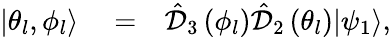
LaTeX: \begin{array}{rlr}{|\theta_{l},\phi_{l}\rangle}&{{}=}&{\hat{\mathcal D}_{3}\left(\phi_{l}\right)\hat{\mathcal D}_{2}\left(\theta_{l}\right)|\psi_{1}\rangle,}\end{array}